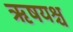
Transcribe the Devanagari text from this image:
ऋषयश्च